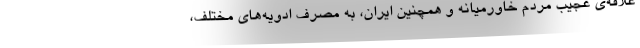
علاقه‌ی عجیب مردم خاورمیانه و همچنین ایران، به مصرف ادویه‌های مختلف،